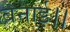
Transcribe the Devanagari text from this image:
बनाई।।